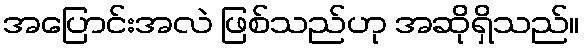
အပြောင်းအလဲ ဖြစ်သည်ဟု အဆိုရှိသည်။